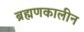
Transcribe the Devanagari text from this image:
ब्रह्मणकालीन